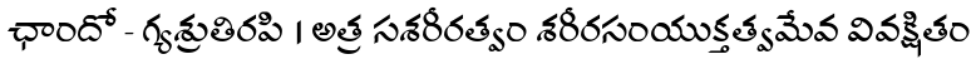
ఛాందో - గ్యశ్రుతిరపి । అత్ర సశరీరత్వం శరీరసంయుక్తత్వమేవ వివక్షితం